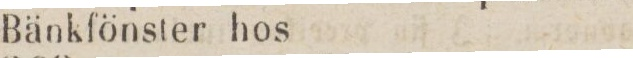
Bänkfönster hos